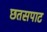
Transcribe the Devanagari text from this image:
छतसपाट